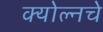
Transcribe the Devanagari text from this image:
क्योल्नचे